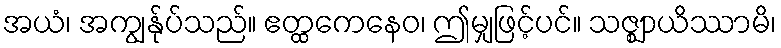
အယံ၊ အကျွန်ုပ်သည်။ ဧတ္ထကေနေဝ၊ ဤမျှဖြင့်ပင်။ သဇ္ဈာယိဿာမိ၊